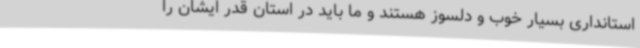
استانداری بسیار خوب و دلسوز هستند و ما باید در استان قدر ایشان را